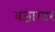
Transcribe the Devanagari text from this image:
वज्रागार